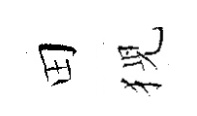
田猊